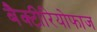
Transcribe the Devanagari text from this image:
बैक्टीरियोफाज